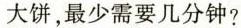
大饼，最少需要几分钟?